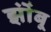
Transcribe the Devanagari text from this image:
झोंंबू